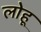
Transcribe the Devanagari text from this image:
लोहू